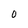
Character: 0